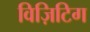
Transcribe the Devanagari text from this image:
विज़िटिग